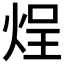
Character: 𬊒